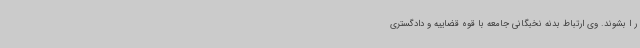
ر ا بشوند. وی ارتباط بدنه نخبگانی جامعه با قوه قضاییه و دادگستری